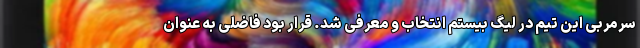
سرمربی این تیم در لیگ بیستم انتخاب و معرفی شد. قرار بود فاضلی به عنوان